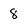
Character: 8